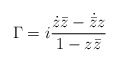
\begin{align*}\Gamma = i\frac{\dot{z}\bar{z}-\dot{\bar{z}}z}{1-z\bar{z}}\end{align*}